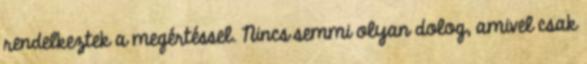
rendelkeztek a megértéssel. Nincs semmi olyan dolog, amivel csak